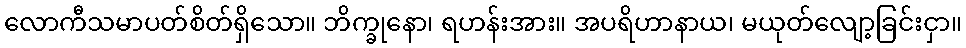
လောကီသမာပတ်စိတ်ရှိသော။ ဘိက္ခုနော၊ ရဟန်းအား။ အပရိဟာနာယ၊ မယုတ်လျော့ခြင်းငှာ။